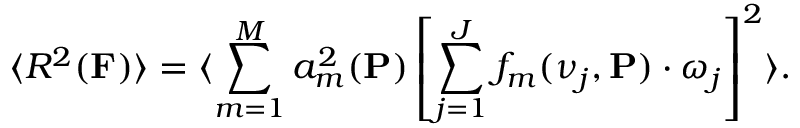
\langle R ^ { 2 } ( { \bf F } ) \rangle = \langle \sum _ { m = 1 } ^ { M } a _ { m } ^ { 2 } ( { \bf P } ) \left[ \sum _ { j = 1 } ^ { J } f _ { m } ( \nu _ { j } , { \bf P } ) \cdot \omega _ { j } \right] ^ { 2 } \rangle .